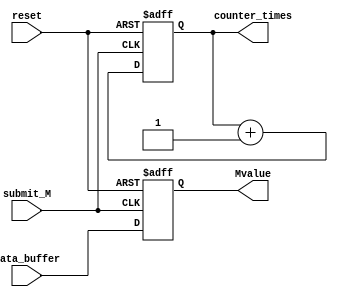
module M_value(submit_M,data_buffer,Mvalue,reset,counter_times);
input submit_M;
input [16:0]data_buffer;
input reset;
output reg[16:0]Mvalue=0; 
output reg [3:0]counter_times=0;
always@(negedge reset,negedge submit_M) 
begin
if(!reset) 
begin
Mvalue<=17'b10000_0000_0000_0000;
counter_times<=0;
end
else 
		begin
		Mvalue<=data_buffer;
		counter_times<=counter_times+1;
		end 
end
endmodule